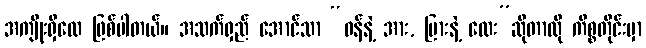
အကျိုးရှိလေ ဖြစ်ပါတယ်။ အသက်ရှည် အောင်သာ “ဝန်နဲ့ အား, မြားနဲ့ လေး”ဆိုတာလို ကိစ္စတိုင်းမှာ